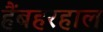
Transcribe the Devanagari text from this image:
हैंबहरहाल